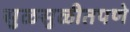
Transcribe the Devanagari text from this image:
सुळसुळीतपणे